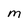
Character: m